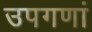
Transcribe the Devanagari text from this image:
उपगणां